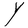
Character: Y